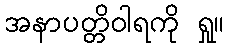
အနာပတ္တိဝါရကို ရှု။